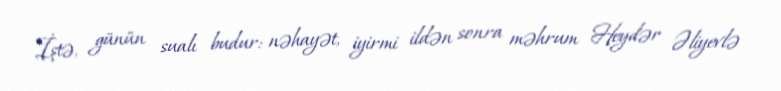
İştə, günün sualı budur: nəhayət, iyirmi ildən sonra məhrum Heydər Əliyevlə